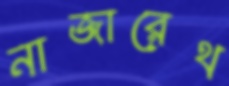
নাজারেথ